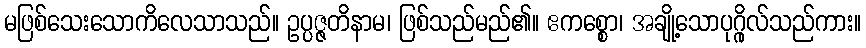
မဖြစ်သေးသောကိလေသာသည်။ ဥပ္ပဇ္ဇတိနာမ၊ ဖြစ်သည်မည်၏။ ဧကစ္စော၊ အချို့သောပုဂ္ဂိုလ်သည်ကား။